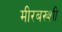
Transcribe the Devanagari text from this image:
मीरबख्शी